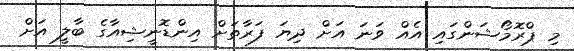
މި ޕްރޮމޯޝަންގައި އެއް ވަނަ އަށް ދިޔަ ފަރާތަށް އިންޑޮނީޝިއާގެ ބާލީ އަށް